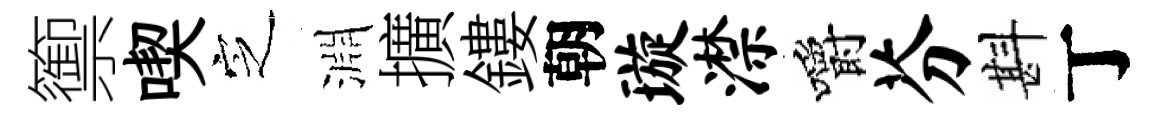
籞喫㝎淵擴鏤朝璇潸嚼芬斟丁